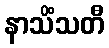
နာသိံသတီ